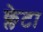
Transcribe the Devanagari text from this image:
क्लेटा